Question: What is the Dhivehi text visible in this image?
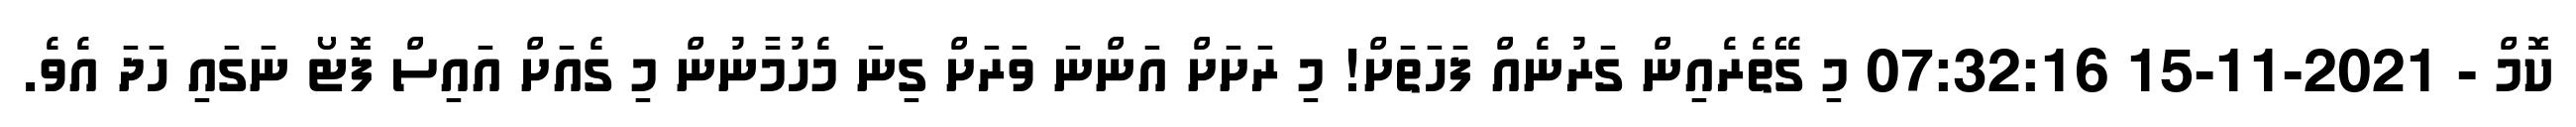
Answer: ކޮމް - 2021-11-15 07:32:16 މި ގޭތެރެއިން ގަރުނެއް ފަހަތަށް! މި ރަށަށް އަންނަ ވަރަށް ގިނަ މެހުމާނުން މި ގެއަށް އައިސް ފޮޓޯ ނަގައި ހަދަ އެވެ.